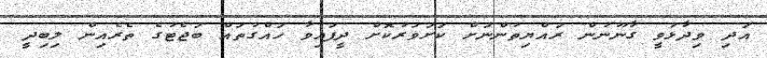
އަދި ވިދާޅުވީ ގާނޫނުން ރައްޔިތުންނަށް ކަށަވަރުކޮށް ދީފައިވާ ހައްގުތައް ބަޖެޓުގެ ތެރެއިން ލިބިދީ